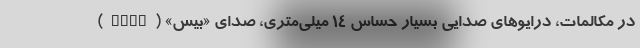
در مکالمات، درایوهای صدایی بسیار حساس 14 میلی‌متری، صدای «بیس» (Bass)